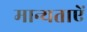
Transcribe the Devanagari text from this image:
मान्यताऐं